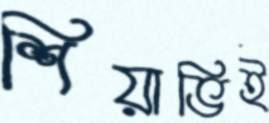
শিয়াভিই